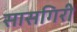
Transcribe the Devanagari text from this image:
सासगिरी